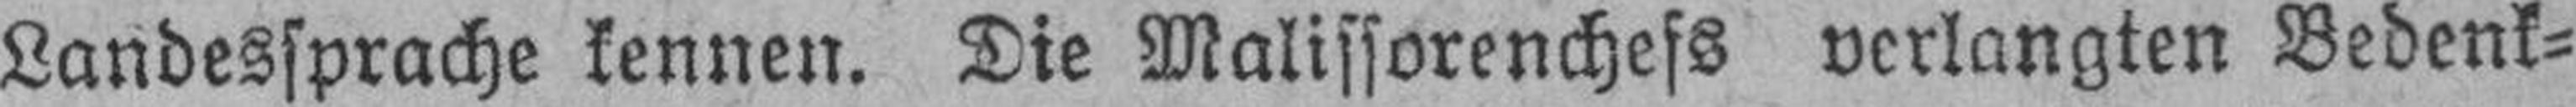
Landessprache kennen. Die Malissorenchefs verlangten Bedenk¬